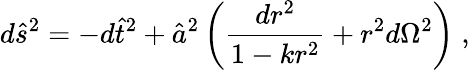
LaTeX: d\hat{s}^{2}=-d\hat{t}^{2}+\hat{a}^{2}\left(\frac{dr^{2}}{1-kr^{2}}+r^{2}d\Omega^{2}\right)\; ,